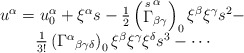
\begin{align*}\begin{array}{c}u^\alpha =u_0^\alpha +\xi ^\alpha s-\frac 12\left( \stackrel{s}{\Gamma }_{\beta \gamma }^\alpha \right) _0\xi ^\beta \xi^\gamma s^2- \\ \frac 1{3!}\left( \Gamma ^\alpha {}_{\beta \gamma \delta}\right) _0\xi ^\beta \xi ^\gamma \xi ^\delta s^3-\cdots \end{array}\end{align*}